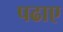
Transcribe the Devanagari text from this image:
पढाए